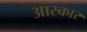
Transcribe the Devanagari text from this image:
आस्कार